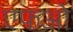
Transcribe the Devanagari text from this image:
एफओ